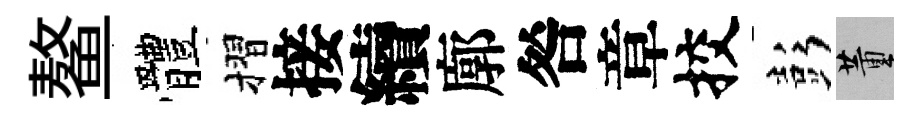
鳌體摺接續廓咎章挍彭董